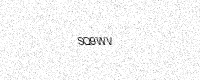
Text: SQ9WV